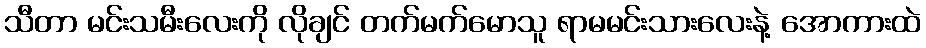
သီတာ မင်းသမီးလေးကို လိုချင် တက်မက်မောသူ ရာမမင်းသားလေးနဲ့ အောကားထဲ